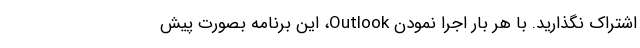
اشتراک نگذارید. با هر بار اجرا نمودن Outlook، این برنامه بصورت پیش